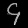
Digit: ၄